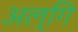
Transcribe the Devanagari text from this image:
अल्गि